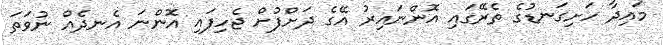
މައިދާ ހަށިގަނޑުގެ ތެރޭގައި އޮންނައިރު އޭގެ ދަށްފުށް ޖެހިފައި އޮންނަ އެނދެއް ނުވަތަ